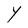
Character: Y